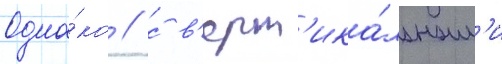
Одна́ко / с в'ерт'ика́льным'и